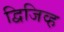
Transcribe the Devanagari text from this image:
द्विजिव्ह